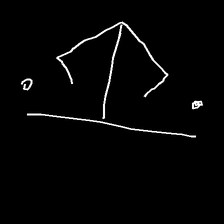
Glyph: earth